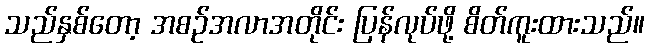
သည်နှစ်တော့ အစဉ်အလာအတိုင်း ပြန်လုပ်ဖို့ စိတ်ကူးထားသည်။